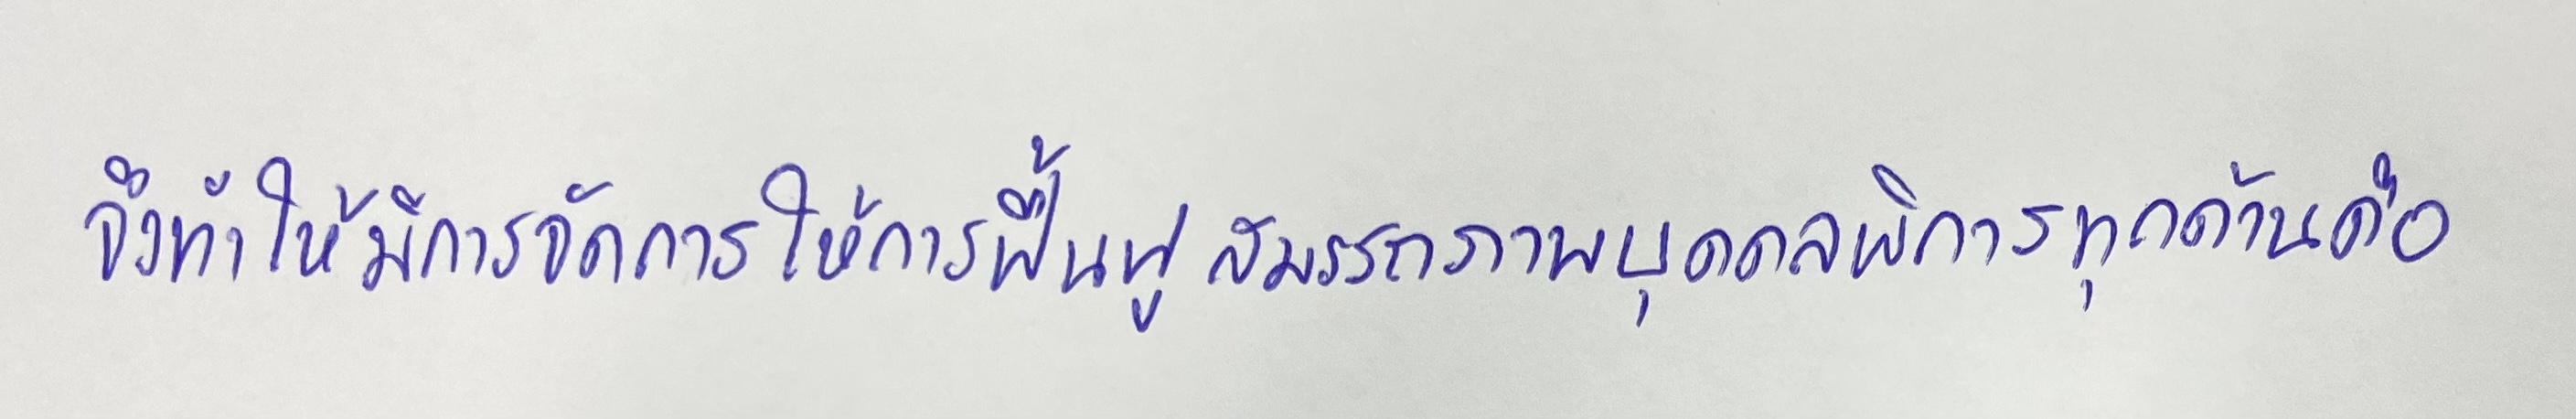
จึงทำให้มีการจัดการให้การฟื้นฟูสมรรถภาพบุคคลพิการทุกด้านคือ